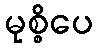
မုစ္စိပေ